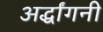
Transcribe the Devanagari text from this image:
अर्द्धांगनी